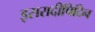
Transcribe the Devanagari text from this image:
इसरादीपिदिन